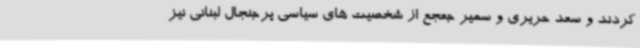
کردند و سعد حریری و سمیر جعجع از شخصیت های سیاسی پرجنجال لبنانی نیز